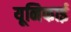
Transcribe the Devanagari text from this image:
यूनिफाई